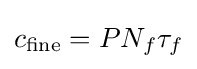
c_{\text{fine}}=PN_{f}\tau _{f}